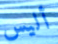
أليس